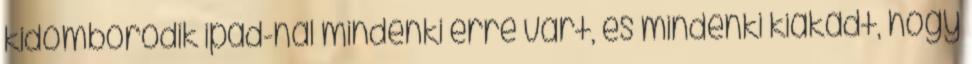
kidomborodik ipad-nal mindenki erre vart, es mindenki kiakadt, hogy